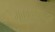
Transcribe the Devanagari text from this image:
मुकादमांकडून